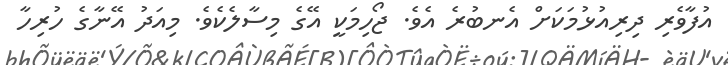
އުފާވެރި ދިރިއުޅުމަކަށް އެނބުރެ އެވެ. ޖޯހިމަކީ އޭގެ މިސާލެކެވެ. މިއަދު އޭނާގެ ހުރިހާ